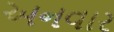
અનવાર